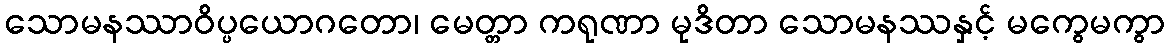
သောမနဿာဝိပ္ပယောဂတော၊ မေတ္တာ ကရုဏာ မုဒိတာ သောမနဿနှင့် မကွေမကွာ